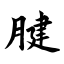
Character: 腱